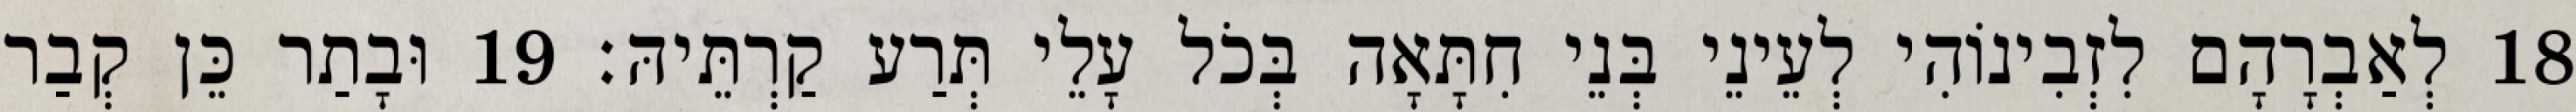
18 לְאַבְרָהָם לִזְבִינוֹהִי לְעֵינֵי בְּנֵי חִתָּאָה בְּכֹל עָלֵי תְּרַע קַרְתֵּיהּ׃ 19 וּבָתַר כֵּן קְבַר